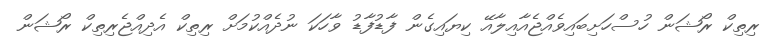
ރިތިކް ރޯޝަން ހުސްހަށިބައިވެއްޖެއާއިލާއޭ ކިޔައިގެން ފާޑުފާޑު ވާހަކަ ނުދެއްކުމަށް ރިތިކް އެދިއްޖެރިތިކް ރޯޝަން